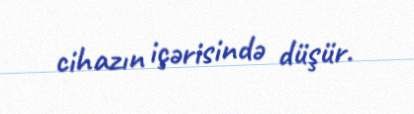
cihazın içərisində düşür.